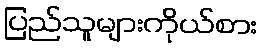
ပြည်သူများကိုယ်စား